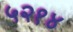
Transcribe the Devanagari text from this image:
५२१४